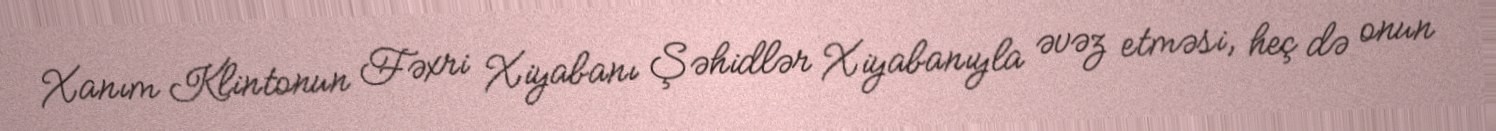
Xanım Klintonun Fəxri Xiyabanı Şəhidlər Xiyabanıyla əvəz etməsi, heç də onun